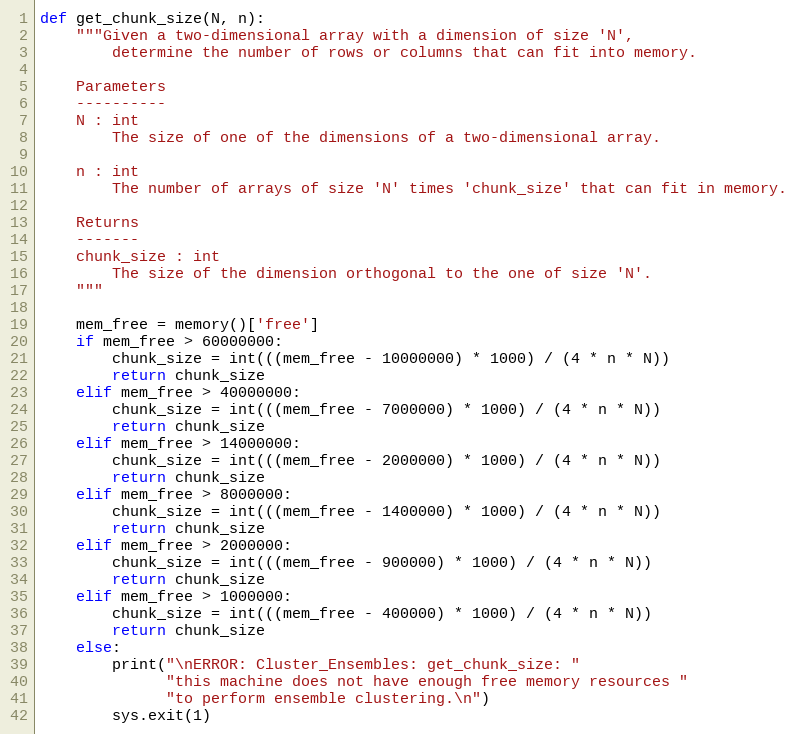
Language: Python
def get_chunk_size(N, n):
    """Given a two-dimensional array with a dimension of size 'N',
        determine the number of rows or columns that can fit into memory.

    Parameters
    ----------
    N : int
        The size of one of the dimensions of a two-dimensional array.

    n : int
        The number of arrays of size 'N' times 'chunk_size' that can fit in memory.

    Returns
    -------
    chunk_size : int
        The size of the dimension orthogonal to the one of size 'N'.
    """

    mem_free = memory()['free']
    if mem_free > 60000000:
        chunk_size = int(((mem_free - 10000000) * 1000) / (4 * n * N))
        return chunk_size
    elif mem_free > 40000000:
        chunk_size = int(((mem_free - 7000000) * 1000) / (4 * n * N))
        return chunk_size
    elif mem_free > 14000000:
        chunk_size = int(((mem_free - 2000000) * 1000) / (4 * n * N))
        return chunk_size
    elif mem_free > 8000000:
        chunk_size = int(((mem_free - 1400000) * 1000) / (4 * n * N))
        return chunk_size
    elif mem_free > 2000000:
        chunk_size = int(((mem_free - 900000) * 1000) / (4 * n * N))
        return chunk_size
    elif mem_free > 1000000:
        chunk_size = int(((mem_free - 400000) * 1000) / (4 * n * N))
        return chunk_size
    else:
        print("\nERROR: Cluster_Ensembles: get_chunk_size: "
              "this machine does not have enough free memory resources "
              "to perform ensemble clustering.\n")
        sys.exit(1)